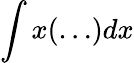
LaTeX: \int x(\dots)dx